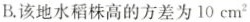
B.该地水稻株高的方差为10cm^{2}